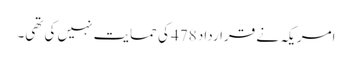
امریکہ نے قرارداد 478 کی حمایت نہیں کی تھی۔